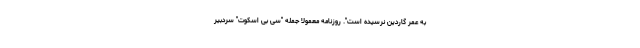
به عمر گاردین نرسیده است". روزنامه معمولا جمله "سی بی اسکوت" سردبیر